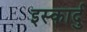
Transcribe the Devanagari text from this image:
इस्कार्दु